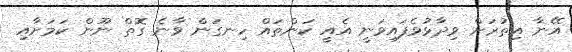
އޭނާ އިތުރަށް ވިދާޅުވެފައިވަނީ އެއީ ކަންތައް ހިނގަން ވާނެ ގޮތް ނޫން ކަމަށާއި